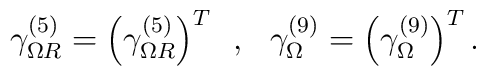
\gamma_{\Omega R}^{(5)} =\left( \gamma_{\Omega R}^{(5)} \right)^T \,\,\, ,\,\,\ \gamma_{\Omega }^{(9)} =\left( \gamma_{\Omega }^{(9)} \right)^T .